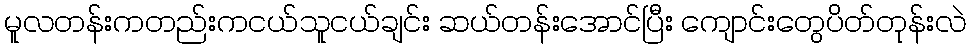
မူလတန်းကတည်းကငယ်သူငယ်ချင်း ဆယ်တန်းအောင်ပြီး ကျောင်းတွေပိတ်တုန်းလဲ